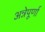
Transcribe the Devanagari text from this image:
अन्नेपूर्णा